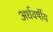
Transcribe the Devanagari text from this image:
अर्धवर्षीय